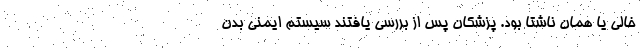
خالی یا همان ناشتا بود. پزشکان پس از بررسی یافتند سیستم ایمنی بدن